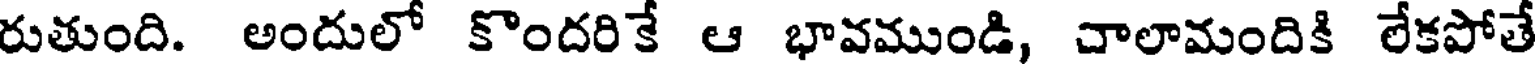
రుతుంది. అందులో కొందరికే ఆ భావముండి, చాలామందికి లేకపోతే